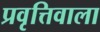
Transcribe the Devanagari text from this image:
प्रवृत्तिवाला